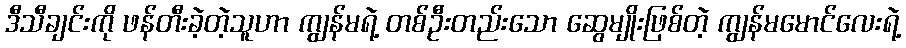
ဒီသီချင်းကို ဖန်တီးခဲ့တဲ့သူဟာ ကျွန်မရဲ့ တစ်ဦးတည်းသော ဆွေမျိုးဖြစ်တဲ့ ကျွန်မမောင်လေးရဲ့